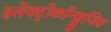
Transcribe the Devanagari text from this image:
इलेक्ट्रोकॉन्क्लुजिव